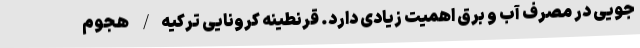
جویی در مصرف آب و برق اهمیت زیادی دارد. قرنطینه کرونایی ترکیه/ هجوم